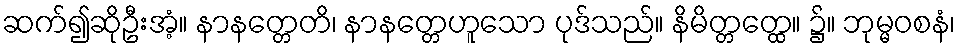
ဆက်၍ဆိုဦးအံ့။ နာနတ္တေတိ၊ နာနတ္တေဟူသော ပုဒ်သည်။ နိမိတ္တတ္ထေ။ ၌။ ဘုမ္မဝစနံ၊